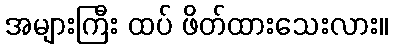
အများကြီး ထပ် ဖိတ်ထားသေးလား။